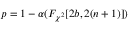
p = 1 - \alpha ( F _ { \chi ^ { 2 } } [ 2 b , 2 ( n + 1 ) ] )